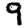
Digit: 9